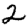
Digit: 2